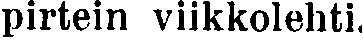
pirtein viikkolehti.